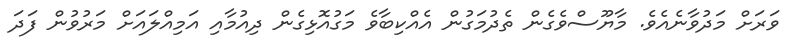
ވަރަށް މަދުވާނެއެވެ. މާޔޫސްވެގެން ތެދުމަގުން އެއްކިބާވެ މަގުއޮޅިގެން ދިއުމާއި އަމިއްލައަށް މަރުވުން ފަދަ